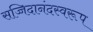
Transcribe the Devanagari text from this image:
सच्चिदानंदस्वरूप